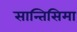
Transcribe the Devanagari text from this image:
सान्तिसिमा